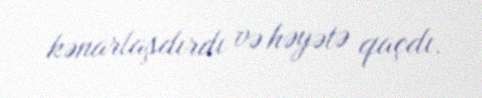
kənarlaşdırdı və həyətə qaçdı.